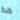
هذا